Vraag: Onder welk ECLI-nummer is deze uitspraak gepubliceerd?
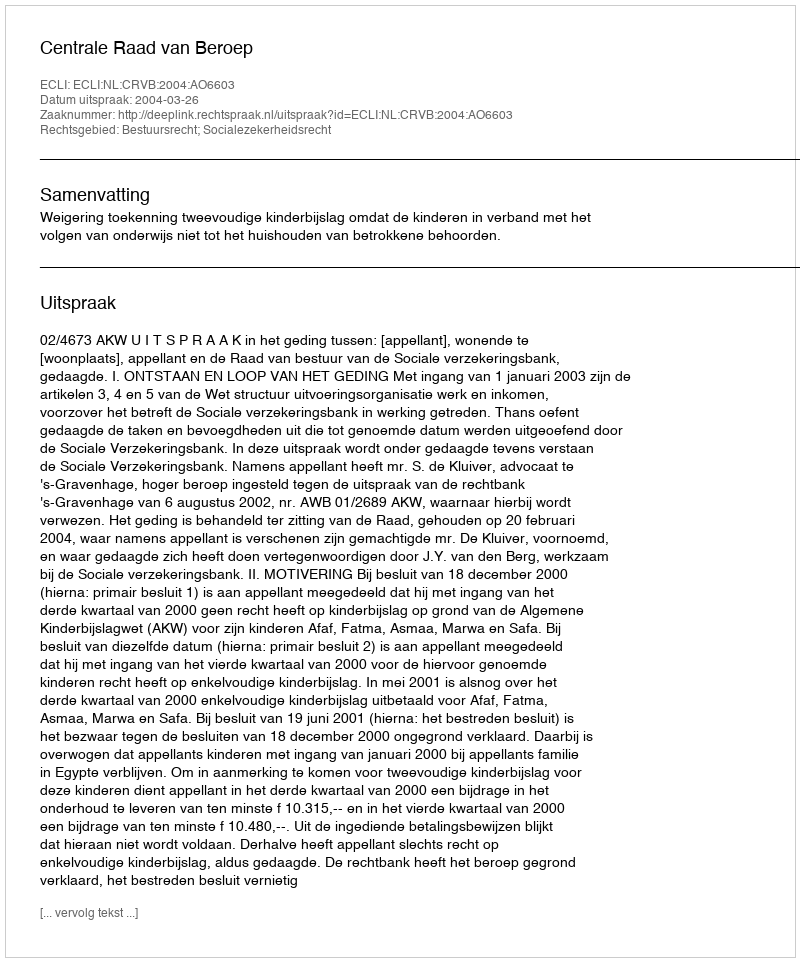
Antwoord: ECLI:NL:CRVB:2004:AO6603